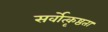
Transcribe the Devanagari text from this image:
सर्वोत्कृष्ठता